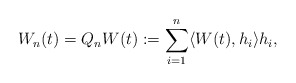
\begin{align*}W_n(t) = Q_n W(t):= \sum_{i=1}^n \langle W(t), h_i \rangle h_i ,\end{align*}